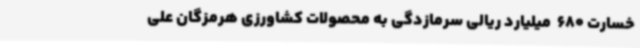
خسارت 680  میلیارد ریالی سرمازدگی به محصولات کشاورزی هرمزگان علی